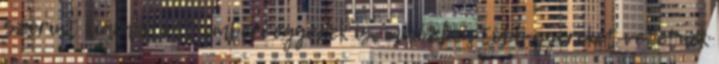
szerint kialakított emberi egyedek is, miközben több gyereket vetetnek